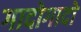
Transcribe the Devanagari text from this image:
गादोगादो